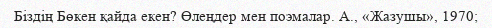
Біздің Бөкен қайда екен? Өлеңдер мен поэмалар. А., «Жазушы», 1970;